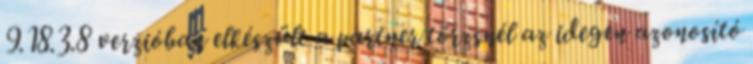
9.18.3.8 verzióban elkészült a partner törzsnél az idegen azonosító